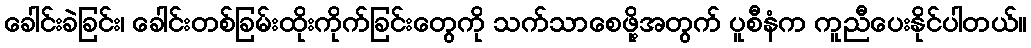
ခေါင်းခဲခြင်း၊ ခေါင်းတစ်ခြမ်းထိုးကိုက်ခြင်းတွေကို သက်သာစေဖို့အတွက် ပူစီနံက ကူညီပေးနိုင်ပါတယ်။